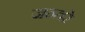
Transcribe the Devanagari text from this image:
जन्तरे